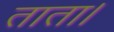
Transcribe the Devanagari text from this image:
ताता।